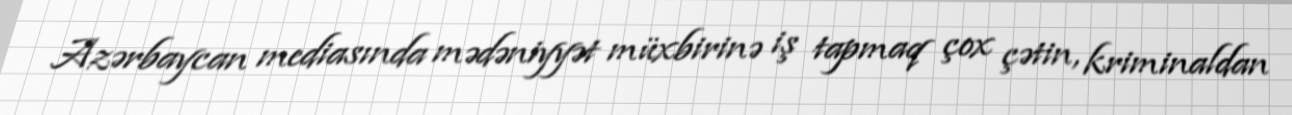
Azərbaycan mediasında mədəniyyət müxbirinə iş tapmaq çox çətin, kriminaldan